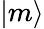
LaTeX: |m\rangle